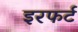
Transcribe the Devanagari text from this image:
इरफर्ट